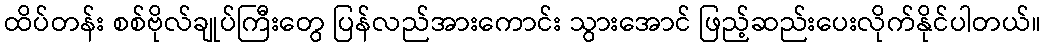
ထိပ်တန်း စစ်ဗိုလ်ချုပ်ကြီးတွေ ပြန်လည်အားကောင်း သွားအောင် ဖြည့်ဆည်းပေးလိုက်နိုင်ပါတယ်။